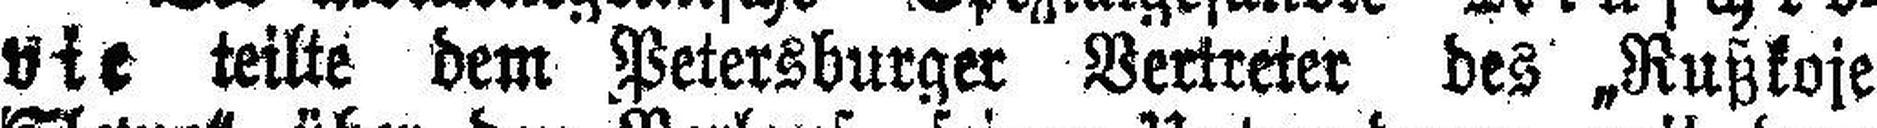
vie teilte dem Petersburger Vertreter des „Rußkoje